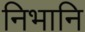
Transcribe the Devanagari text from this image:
निभानि